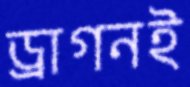
ড্রাগনই